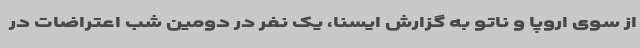
از سوی اروپا و ناتو به گزارش ایسنا، یک نفر در دومین شب اعتراضات در